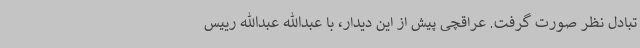
تبادل نظر صورت گرفت. عراقچی پیش از این دیدار، با عبدالله عبدالله رییس